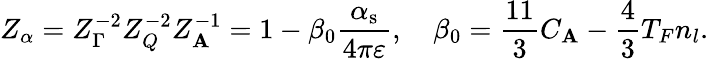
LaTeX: Z_{\alpha}=Z_{\Gamma}^{-2}Z_{Q}^{-2}Z_{\mathbf{A}}^{-1}=1-\beta_{0}\frac{{\alpha_{\mathrm{{s}}}}}{{4\pi\varepsilon}},\quad\beta_{0}=\frac{{11}}{{3}}C_{\mathbf{A}}-\frac{{4}}{{3}}T_{F}n_{l}.